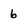
Character: 6